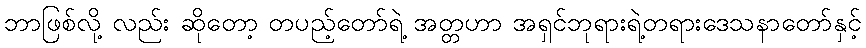
ဘာဖြစ်လို့ လည်း ဆိုတော့ တပည့်တော်ရဲ့ အတ္တဟာ အရှင်ဘုရားရဲ့တရားဒေသနာတော်နှင့်